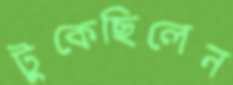
টুকেছিলেন